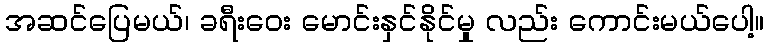
အဆင်ပြေမယ်၊ ခရီးဝေး မောင်းနှင်နိုင်မှု လည်း ကောင်းမယ်ပေါ့။